Indian journal of veterinary science and animal husbandry - Volume 3,
Year: 1933
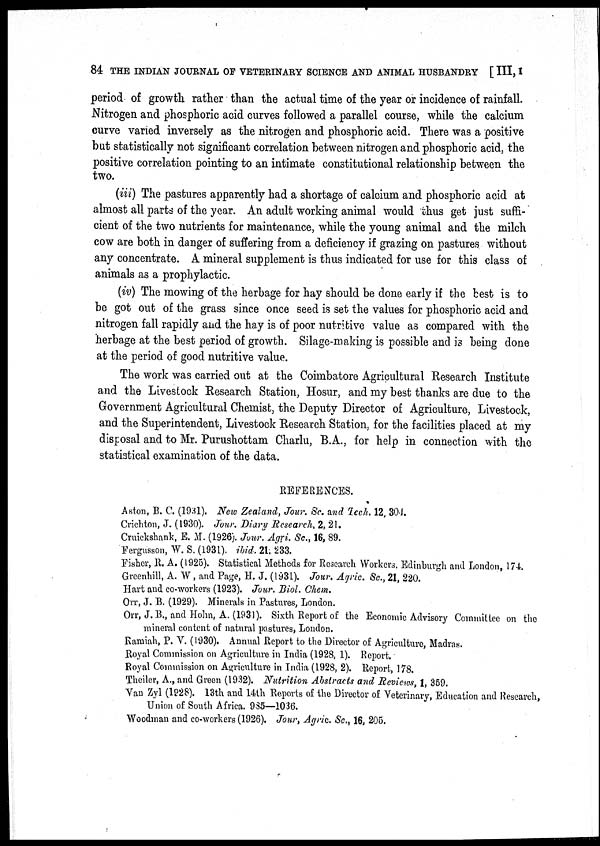
84 THE INDIAN JOURNAL OF VETERINARY SCIENCE AND ANIMAL HUSBANDRY [ III, I
period of growth rather than the actual time of the year or incidence of rainfall.
Nitrogen and phosphoric acid curves followed a parallel course, while the calcium
curve varied inversely as the nitrogen and phosphoric acid. There was a positive
but statistically not significant correlation between nitrogen and phosphoric acid, the
positive correlation pointing to an intimate constitutional relationship between the
two.
(iii) The pastures apparently had a shortage of calcium and phosphoric acid at
almost all parts of the year. An adult working animal would thus get just suffi-
cient of the two nutrients for maintenance, while the young animal and the milch
cow are both in danger of suffering from a deficiency if grazing on pastures without
any concentrate. A mineral supplement is thus indicated for use for this class of
animals as a prophylactic.
(iv) The mowing of the herbage for hay should be done early if the best is to
be got out of the grass since once seed is set the values for phosphoric acid and
nitrogen fall rapidly and the hay is of poor nutritive value as compared with the
herbage at the best period of growth. Silage-making is possible and is being done
at the period of good nutritive value.
The work was carried out at the Coimbatore Agricultural Research Institute
and the Livestock Research Station, Hosur, and my best thanks are due to the
Government Agricultural Chemist, the Deputy Director of Agriculture, Livestock,
and the Superintendent, Livestock Research Station, for the facilities placed at my
disposal and to Mr. Purushottam Charlu, B.A., for help in connection with the
statistical examination of the data.
REFERENCES.
Aston, B. C. (1931). New Zealand, Jour. Sc. and Tech, 12, 304.
Crichton, J. (1930). Jour. Diary Research, 2, 21.
Cruickshank, E. M. (1926). Jour. Agri. Sc., 16, 89.
Fergusson, W. S, (1931). ibid. 21. 233.
Fisher, R. A. (1925). Statistical Methods for Research Workers, Edinburgh and London, 174
Greenhill, A. W, and Page, H. J. (1931). Jour. Agric. Sc., 21, 220.
Hart and co-workers (1923). Jour. Biol. Chem.
Orr, J. B. (1929). Minerals in Pastures, London.
Orr, J. B., and Holm, A. (1930). Sixth Report of the Economic Advisory Committee on the
mineral content of natural pastures, London.
Ramiah, P. V. (1930). Annual Report to the Director of Agriculture, Madras.
Royal Commission on Agriculture in India (1928, 1). Report.
Royal Commission on Agriculture in India (1928, 2). Report, 178.
Theiler, A., and Green (1932). Nutrition Abstracts and Reviews, 1, 359.
Van Zyl (1928). 13th and 14th Reports of the Director of Veterinary, Education and Research,
Union of South Africa. 985—1036.
Woodman and co-workers (1926). Jour, Agric Sc., 16, 205.